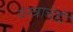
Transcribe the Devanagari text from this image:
वस्त्राचेही